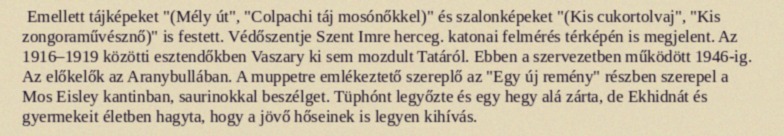
Emellett tájképeket "(Mély út", "Colpachi táj mosónőkkel)" és szalonképeket "(Kis cukortolvaj", "Kis zongoraművésznő)" is festett. Védőszentje Szent Imre herceg. katonai felmérés térképén is megjelent. Az 1916–1919 közötti esztendőkben Vaszary ki sem mozdult Tatáról. Ebben a szervezetben működött 1946-ig. Az előkelők az Aranybullában. A muppetre emlékeztető szereplő az "Egy új remény" részben szerepel a Mos Eisley kantinban, saurinokkal beszélget. Tüphónt legyőzte és egy hegy alá zárta, de Ekhidnát és gyermekeit életben hagyta, hogy a jövő hőseinek is legyen kihívás.